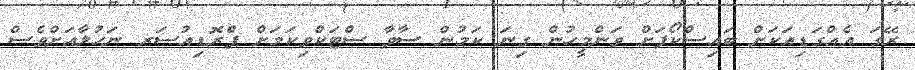
ރޭގަ އެއްގަޑިއަކަށް ބައިސްކޯފަށް ވަންމީހުން ގިނަ ކަމުން ސާވާ ސްޓަކްވިކަމަށް ޕްެރޮޑިއުސަރ ނަހުލާއަށްވެސް